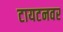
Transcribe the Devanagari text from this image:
टायटनवर